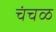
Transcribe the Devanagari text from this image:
चंचळ